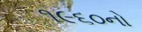
૧૯૬૦નો